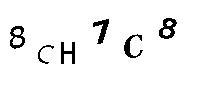
8CH7C8